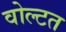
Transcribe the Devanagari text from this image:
वोल्टत